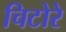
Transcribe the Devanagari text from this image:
चिटोरे